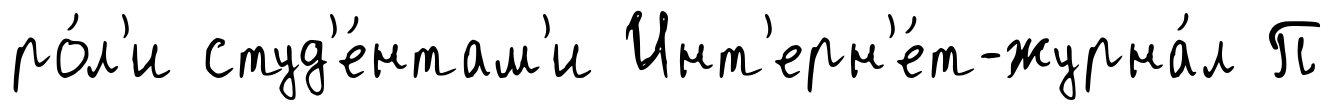
ро́л'и студ'е́нтам'и Инт'ерн'е́т-журна́л П